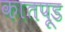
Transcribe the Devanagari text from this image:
कातपूड